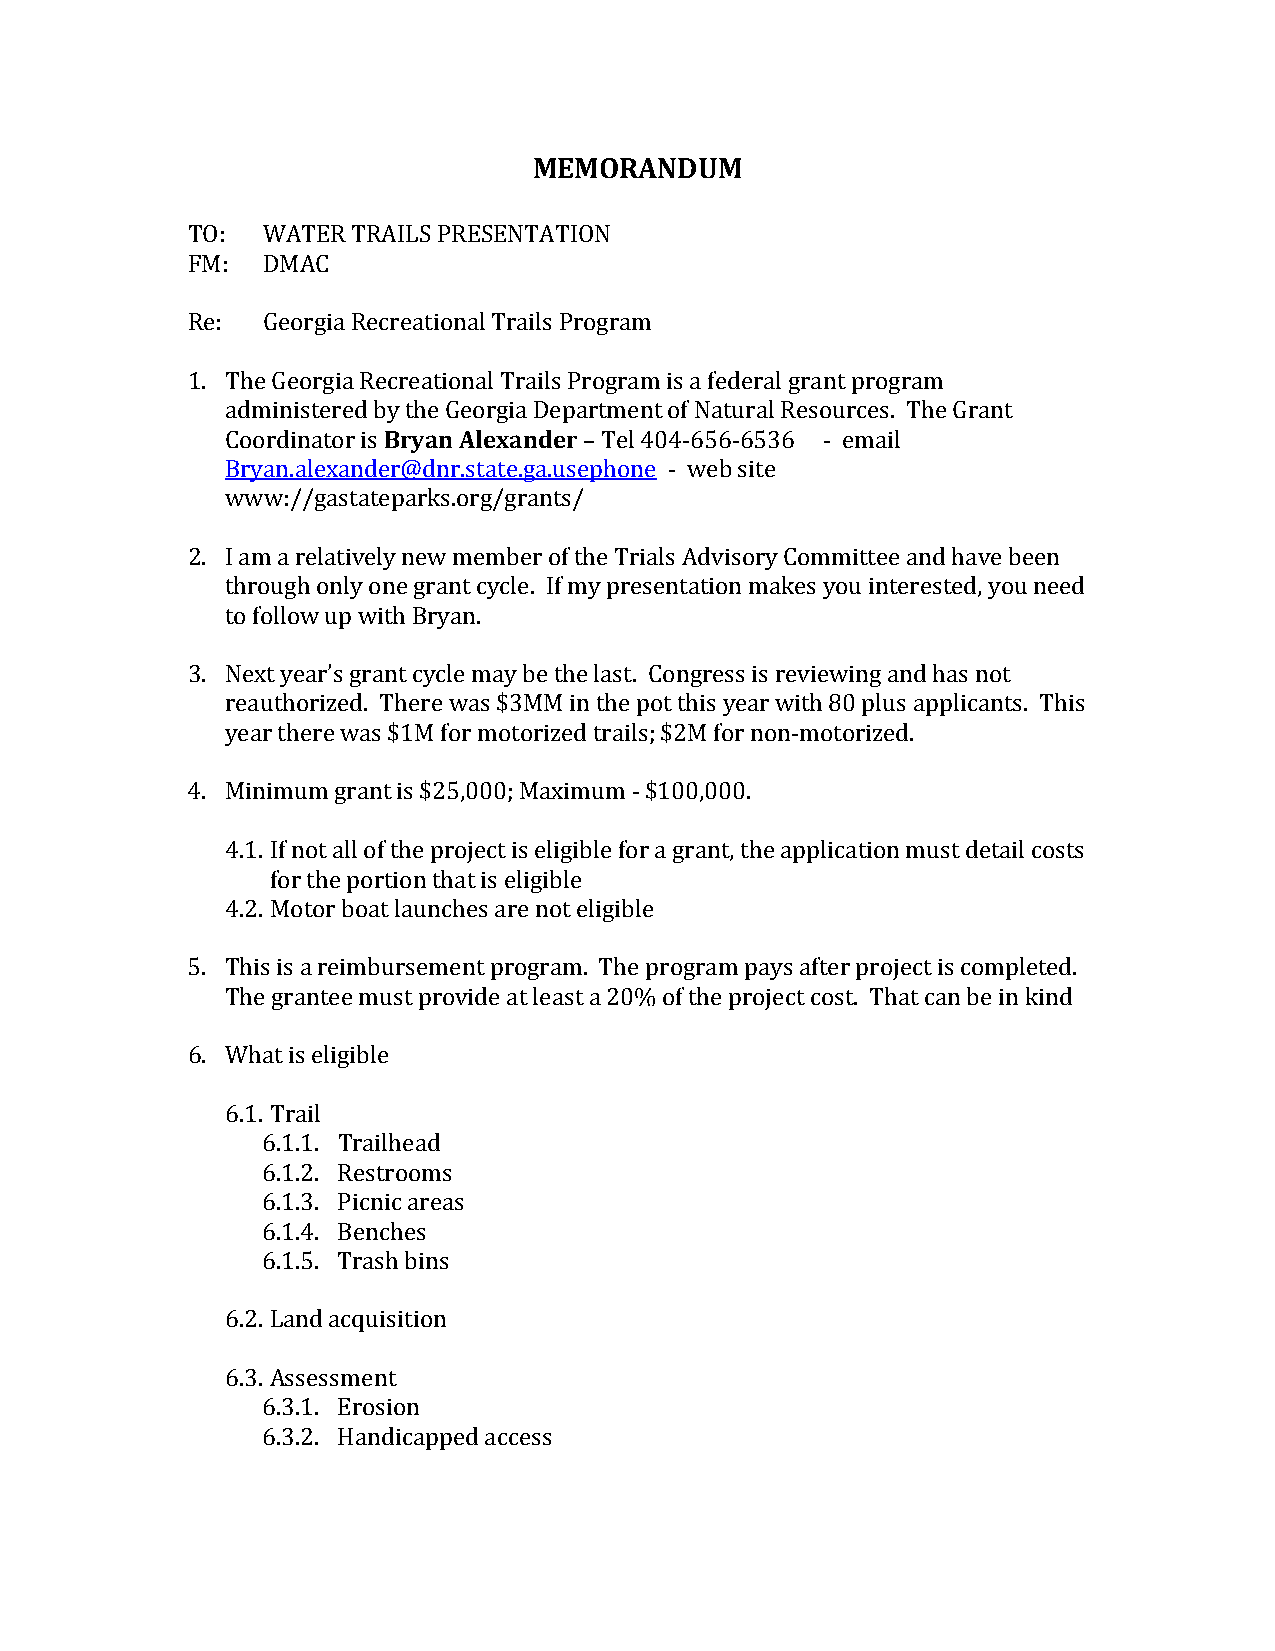
MEMORANDUM
 TO:  WATER TRAILS PRESENTATION
 FM:  DMAC
 Re : Georgia Recreational Trails Program
 1. The Georgia ReBcrreyaatnio Anlael xTarnaidlse rProgram is a federal grant program
 administered by the Georgia Department of Natural Resources. The Grant
 Coordinator is          – Tel 404-656-6536 - email
 Bryan.alexander@dnr.state.ga.usephone - web site
 www://gastateparks.org/grants/
 2. I am a relatively new member of the Trials Advisory Committee and have been
 through only one grant cycle. If my presentation makes you interested, you need
 to follow up with Bryan.
 3. Next year’s grant cycle may be the last. Congress is reviewing and has not
 reauthorized. There was $3MM in the pot this year with 80 plus applicants. This
 year there was $1M for motorized trails; $2M for non-motorized.
 4. Min imum grant is $25,000; Maximum - $100,000.
 4.1. If not all of the project is eligible for a grant, the application must detail costs
 for the portion that is eligible
 4.2. Motor boat launches are not eligible
 5. This is a reimbursement program. The program pays after project is completed.
 The grantee must provide at least a 20% of the project cost. That can be in kind
 6. Wha t is eligible
 6.1. Trail
 6.1.1. Trailhead
 6.1.2. Restrooms
 6.1.3. Picnic areas
 6.1.4. Benches
 6 .1.5. Trash bins
 6.2. Land acquisition
 6.3. Asses sment
 6.3.1. Erosion
 6.3.2. Handicapped access